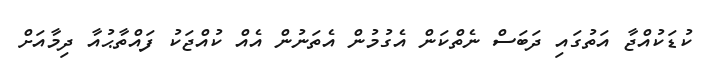
ކުޑަކުއްޖާ އަތުގައި ދަބަސް ނެތްކަން އެގުމުން އެތަނުން އެއް ކުއްޖަކު ފައްތާޙުއާ ދިމާއަށް